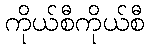
ကိုယ်စီကိုယ်စီ